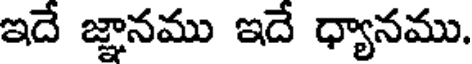
ఇదే జ్ఞానము ఇదే ధ్యానము.